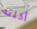
أكلته